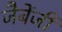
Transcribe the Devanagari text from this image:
जैबेंजी